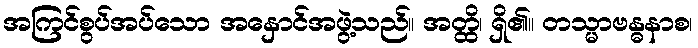
အကြင်စွပ်အပ်သော အနှောင်အဖွဲ့သည်။ အတ္ထိ၊ ရှိ၏။ တသ္မာဗန္ဓနာစ၊